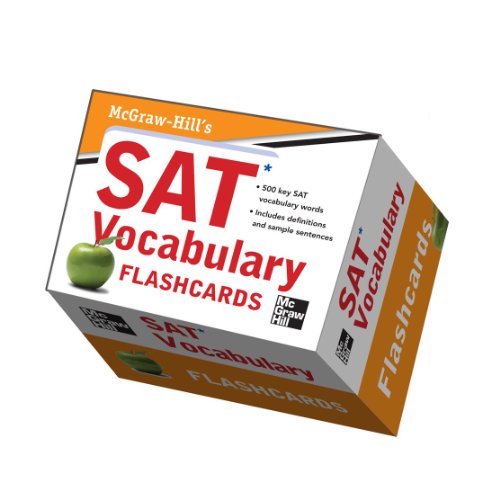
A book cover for McGraw-Hill's SAT Vocabulary Flashcards; Mark Anestis; Test Preparation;